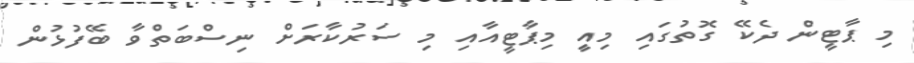
މި ޕާޓީން ދެކޭ ގޮތުގައި މިއިީ މިޕާޓީއާއި މި ސަރުކާރަށް ނިސްބަތްވާ ބޭފުޅުން